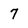
Character: 7